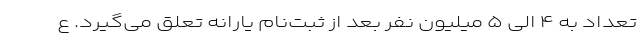
تعداد به ۴ الی ۵ میلیون نفر بعد از ثبت‌نام یارانه تعلق می‌گیرد. ع